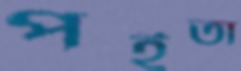
পইতা